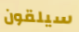
سيلقون